Calcutta medical institutions reports 1879-81 [i.e.91]
Year: 1879
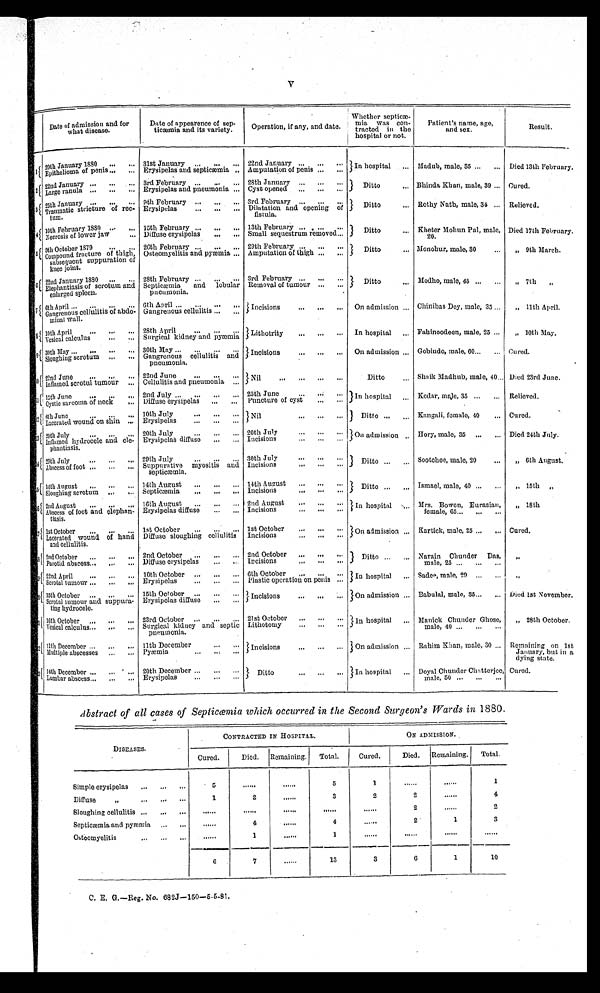
V
Date of admission and for
what disease.
Date of appearence of sep-
ticæmia and its variety.
Operation, if any, and date.
Whether septicæ-
m i a w a s c o n - t r a c t e d i n t h e
h o s p i t a l o r n o t .
P a t i e n t ' s n a m e , a g e , a n d s e x .
Res ul t .
1
20th January 1880
31st January
22nd January
In hospital
Madub, male, 35
Died 13th February.
Epithelioma of penis
Erysipelas and septicæmia
Amputation of penis
2
:::
22nd January
3rd February
28th January
Ditto
Bhinda Khan, male, 39
Cured.
Erysipelas and pneumonia
Cyst opened
Large ranula
3
25th January
9th February
3 r d F e b r u a r y
Ditto
Rothy Nath, male, 34
Relieved.
Erysipelas
Dilatation and opening of fistula.
Traumatic stricture of rec-tum.
4 10th February 1880
15th February
1 3 t h F e b r u a r y
Ditto
Kheter Mohun Pal, male,
2 0 .
Died 17th February.
Diffuse erysipelas
Small sequestrum removed
Necrosis of lower jaw
5
9 t h O c t o b e r 1 8 7 9
26th February
29th February
D i t t o Monohur, male, 30
„ 9th March.
O s t e o m y e l i t i s a n d p y æ m i a
A m p u t a t i o n o f t h i g h
Compound fracture of thigh, subsequent suppuration of
knee joint.
6
22nd January 1880
28th February
3rd February
Ditto
Modho, male, 45
„ 7th ,,
El ephant i asi s of scr ot um and enl ar ged spl een.
S e p t i c æ m i a a n d l o b u l a r p n e u m o n i a .
R e m o v a l o f t u m o u r
7 6th April
6th Apri l
Incisions
On admission
Chinibas Dey, male, 35
„ 11th April.
Gangrenous cellulitis
Gangrenous cellulitis abdo-
minal wall.
8
1 0 t h A p r i l 28th April
Lithotrity
In hospital
Fahinoodeen, male, 25
„ 10th May.
S u r g i c a l k i d n e y a n d p y æ m i a
Vesical calculus
9
30th May
30th May
Incisions
On admission
Gobindo, male, 60
Cured.
S l o u g h i n g s c r o t u m
Gengrenous cellulitis a
n d p n e u m o n i a .
1 0
22nd June
22nd June
Nil
Ditto
Shaik Madhub, male, 40 Died 23rd June.
I n f l a m e d s c r o t u l t u m o u r
C e l l u l i t i s a n d p n e u m o n i a
1 1
1 5 t h J u n e 2nd July
2 5 t h J u n e
In hospital
Kedar, Male, 35
Relieved.
P u n c t u r e
o f c y s t
cystic sarcoma of neck
D i f f u s e e r y s i p e l a s
1 2 6th June
10th July
Nil
Ditto
Kangali, female, 40
Cured.
Erysipelas
L a c e r a t e d w o u n d o n s h i n
1 3
20th July
20th July
20th July
On admission
Hory, male, 35
Died 24th July.
Inflamed hydrocele and
ele-phantiasis.
E r y s i p e l a s d i f f u s e
I n c i s i o n s
1 4 29th July
29th July
30th July
Ditto
Sootchee, male, 20
,, 6th August.
Suppurative myositis and
septicæmia.
Incisions
Abscess of foot
1 5 14th August
14th August
14th August
Ditto
Ismael, male, 40
, ,
1 5 t h , ,
Incisions
Sloughing scrotum
S e p t i æ m i a
1 6 2nd August
16th August
2 n d A u g u s t
In hospital
Mrs. Bowen, Eurasian,
female, 65
„ 18th
Erysipelas diffuse
I n c i s i o n s
A b s c e s s o f f o o t a n d e l e p h a n -
tiasis.
17
1st October
1st October
1st October
On admission
Kartick, male, 25
Cured.
Lacerated wound of hand
and cellulitis.
Diffuse sloughing cellulitis
Incisions
1 8 2nd October
2nd October
2nd. October
Ditto
Narain Chunder Das,
male, 25
, ,
Diffuse erysipelas
Incisions
Parotid abscess
1 9
L
22nd April
10th October
6th October
In hospital
Sadee, male, 29
, ,
Plastic operation on penis
Scrotal tumour
Erysipelas
2 0
15t h Oc t ober
15th October
Incisions
On admission
Babulal, male, 35
Died 1st November.
Scrotal tumour and suppura-
ting hydrocele.
Erysipelas diffuse
2 1 16th October
23rd October
2 1 s t Oc t o b e r
In hospital
Manick Chunder Ghose,
male, 40
,, 28th October.
Surgical kidney and septic
p n e u m o n i a .
Lithotomy
V e s i c a l c a l c u l u s
2 2 11th December
11th December
Incisions
On admission
Rahim Khan, male, 30
Remaining on 1st
January, but in a
dying state.
Pyæmia
Multiple abscesses
2 3
14th December
20th December
Ditto
In hospital
Doyal Chunder Chatterjee,
male, 50
Cured.
Lumbar abscess
Erysipelas
Abstract of all cases of Septicemia which occurred in the Second Surgeon's Wards in 1880.
DISEASES.
CONTRACTED IN HOSPITAL.
ON ADMISSION.
Cured.
Died. Remaining.
Total.
Cured.
Died. Remaining.
Total.
Simple erysipelas
5
. . . . . .
. . . . . .
5
1
. . . . . .
. . . . . .
1
Diffuse
1
2
. . . . . .
3
2
2
. . . . . .
4
Sloughing cellulitis
. . . . . .
. . . . . .
. . . . . .
......
......
2
......
2
Septicæmia and pyæmia
......
4
......
4
. . . . . .
2
1
3
Ostcomyelitis
. . . . . .
1
. . . . . .
1
......
.....
. . . . . .
. . . . . .
6
7
......
13
3
6
1
10
C. E. G.—Reg. No. 682J—150—5-5-81.